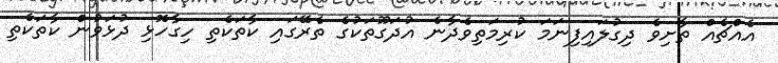
އެއްޗެއް ތާށިވެ ދިގުލައިފިނަމަ ކުރިމަތިވެދާނެ އުދަގޫތަކުގެ ތެރޭގައި ކާތަކެތި ހިގާހޮޅި ދުޅަވުން ކާތަކެތި